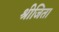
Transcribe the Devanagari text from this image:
श्रीजिता